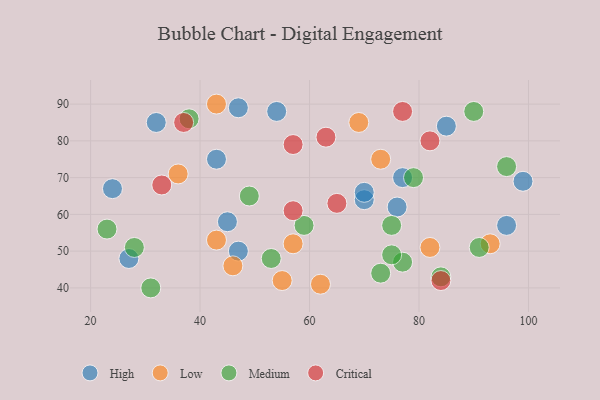
{"axis": {"x": "GDP", "y": "Life Expectancy"}, "legend": ["Critical", "High", "Low", "Medium"], "data": [{"x": "76", "y": 62, "type": "High"}, {"x": "27", "y": 48, "type": "High"}, {"x": "77", "y": 70, "type": "High"}, {"x": "99", "y": 69, "type": "High"}, {"x": "43", "y": 75, "type": "High"}, {"x": "45", "y": 58, "type": "High"}, {"x": "85", "y": 84, "type": "High"}, {"x": "54", "y": 88, "type": "High"}, {"x": "47", "y": 50, "type": "High"}, {"x": "24", "y": 67, "type": "High"}, {"x": "70", "y": 64, "type": "High"}, {"x": "70", "y": 66, "type": "High"}, {"x": "47", "y": 89, "type": "High"}, {"x": "32", "y": 85, "type": "High"}, {"x": "96", "y": 57, "type": "High"}, {"x": "36", "y": 71, "type": "Low"}, {"x": "62", "y": 41, "type": "Low"}, {"x": "46", "y": 46, "type": "Low"}, {"x": "43", "y": 90, "type": "Low"}, {"x": "57", "y": 52, "type": "Low"}, {"x": "69", "y": 85, "type": "Low"}, {"x": "73", "y": 75, "type": "Low"}, {"x": "82", "y": 51, "type": "Low"}, {"x": "55", "y": 42, "type": "Low"}, {"x": "43", "y": 53, "type": "Low"}, {"x": "93", "y": 52, "type": "Low"}, {"x": "77", "y": 47, "type": "Medium"}, {"x": "53", "y": 48, "type": "Medium"}, {"x": "59", "y": 57, "type": "Medium"}, {"x": "96", "y": 73, "type": "Medium"}, {"x": "91", "y": 51, "type": "Medium"}, {"x": "31", "y": 40, "type": "Medium"}, {"x": "28", "y": 51, "type": "Medium"}, {"x": "73", "y": 44, "type": "Medium"}, {"x": "79", "y": 70, "type": "Medium"}, {"x": "75", "y": 49, "type": "Medium"}, {"x": "90", "y": 88, "type": "Medium"}, {"x": "75", "y": 57, "type": "Medium"}, {"x": "49", "y": 65, "type": "Medium"}, {"x": "23", "y": 56, "type": "Medium"}, {"x": "38", "y": 86, "type": "Medium"}, {"x": "84", "y": 43, "type": "Medium"}, {"x": "33", "y": 68, "type": "Critical"}, {"x": "82", "y": 80, "type": "Critical"}, {"x": "65", "y": 63, "type": "Critical"}, {"x": "63", "y": 81, "type": "Critical"}, {"x": "57", "y": 79, "type": "Critical"}, {"x": "57", "y": 61, "type": "Critical"}, {"x": "77", "y": 88, "type": "Critical"}, {"x": "37", "y": 85, "type": "Critical"}, {"x": "84", "y": 42, "type": "Critical"}]}